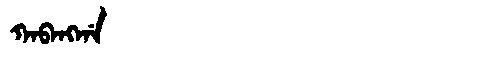
Manchu: ᡴᠠᠪᠠᠩᡤᠠ
Romanization: KABANGGA